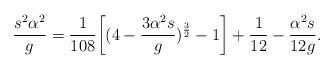
LaTeX: \begin{align*}\frac{s^2 \alpha^2}{g}= \frac{1}{108}\biggl [ (4-\frac{3\alpha^2 s}{g})^{\frac{3}{2}} -1 \biggr ]+ \frac{1}{12} - \frac{\alpha^2 s}{12g} .\end{align*}